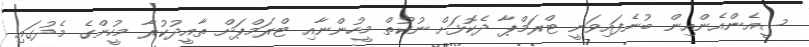
ސީއެންއެންއިން ބުނެފައިވަނީ ޓްރަމްޕާ ދެކޮޅަށް ނުކުތް މީހުންނާއި ޓްރަމްޕަށް ތާއީދުކުރާ މީހުންގެ މެދުގައި